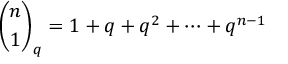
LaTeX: { \binom { n } { 1 } } _ { q } = 1 + q + q ^ { 2 } + \cdots + q ^ { n - 1 }